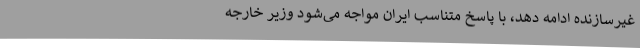
غیرسازنده ادامه دهد، با پاسخ متناسب ایران مواجه می‌شود وزیر خارجه